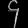
Digit: ၄